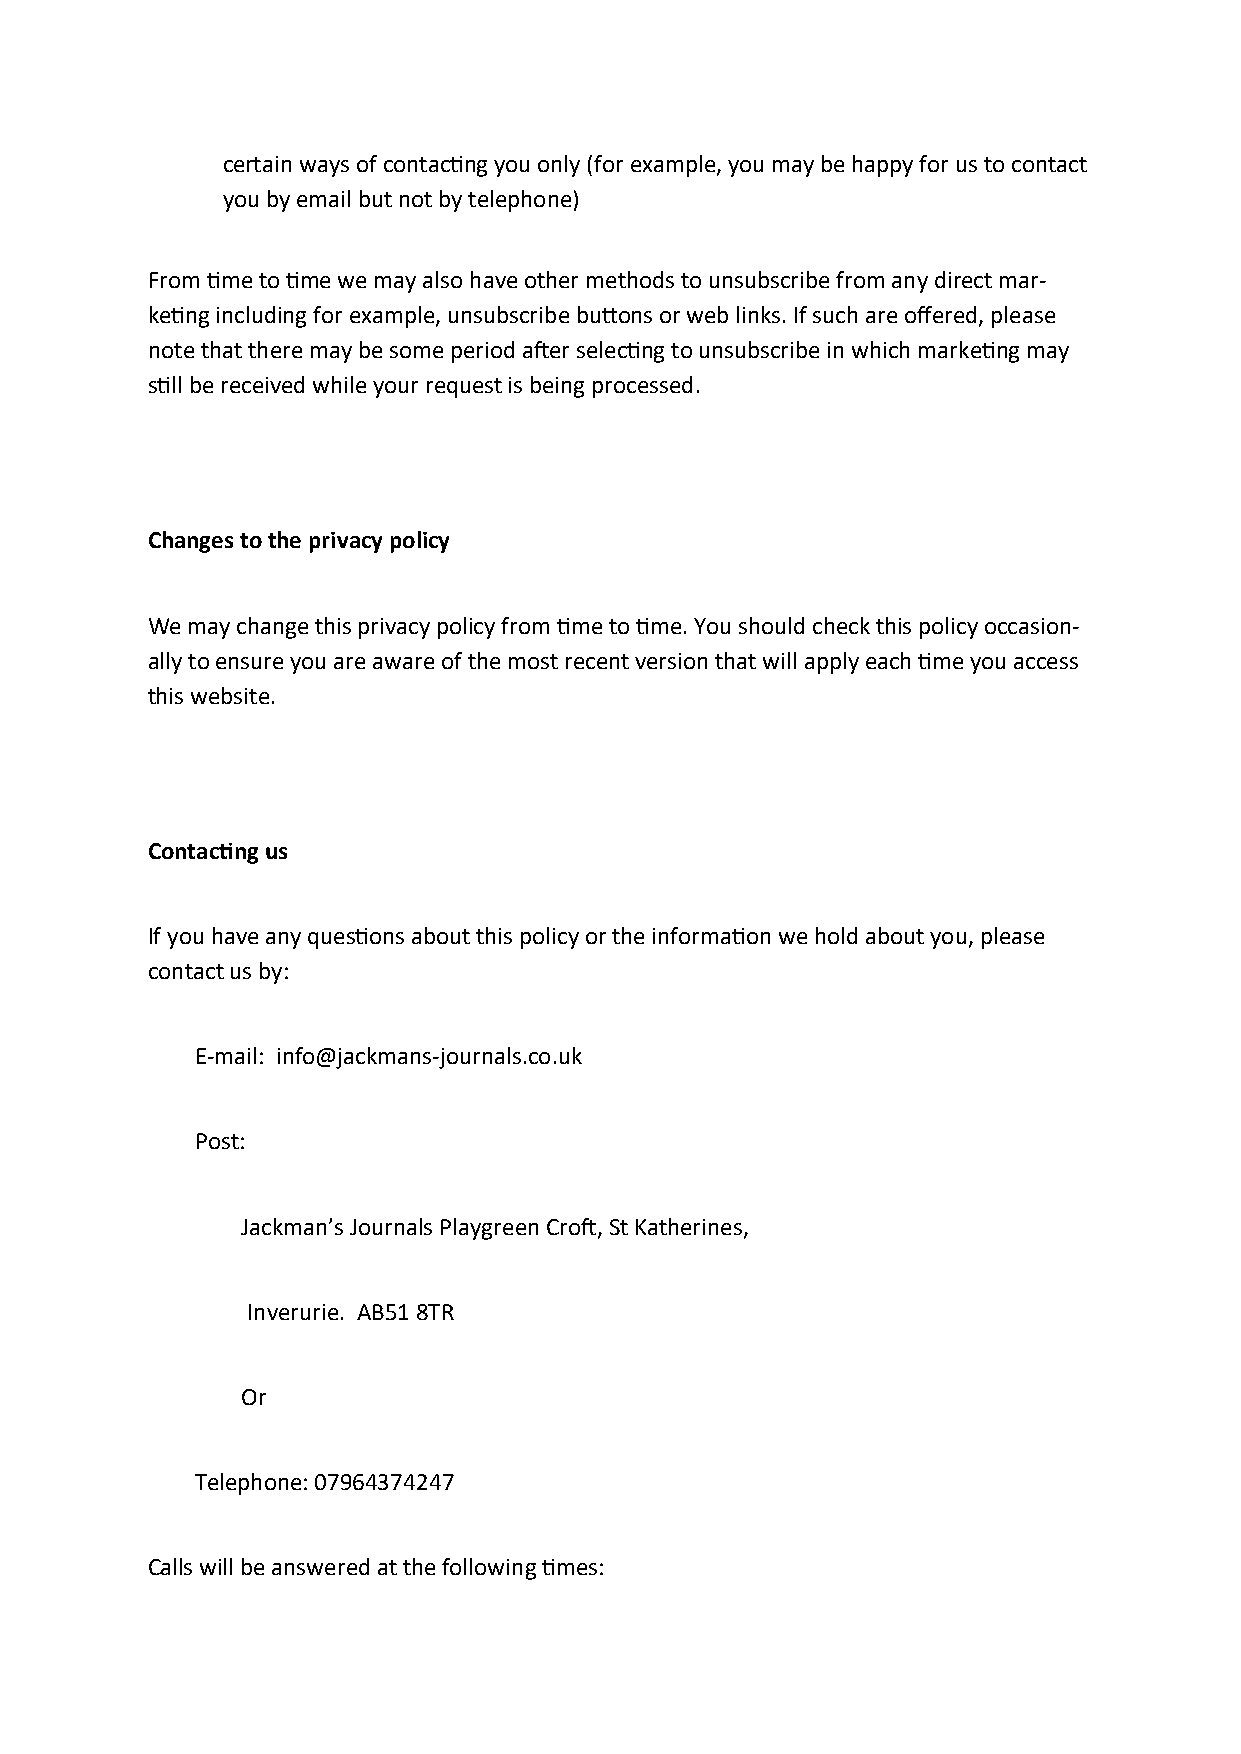
certain ways of contac�ng you only (for example, you may be happy for us to contact
 you by email but not by telephone)
 From�me to�me we may also have other methods to unsubscribe from any direct mar‐
 ke�ng including for example, unsubscribe bu�ons or web links. If such are offered, please
 note that there may be some period a�er selec�ng to unsubscribe in which marke�ng may
 s�ll be received while your request is being processed.
 Changes to the privacy policy
 We may change this privacy policy from�me to�me. You should check this policy occasion‐
 ally to ensure you are aware of the most recent version that will apply each�me you access
 this website.
 Contac�ng us
 If you have any ques�ons about this policy or the informa�on we hold about you, please
 contact us by:
 E-mail: info@jackmans-journals.co.uk
 Post:
 Jackman’s Journals Playgreen Cro�, St Katherines,
 Inverurie. AB51 8TR
 Or
 Telephone: 07964374247
 Calls will be answered at the following�mes: